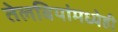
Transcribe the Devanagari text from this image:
तेलबियांमध्येही